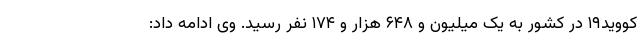
کووید۱۹ در کشور به یک میلیون و ۶۴۸ هزار و ۱۷۴ نفر رسید. وی ادامه داد: